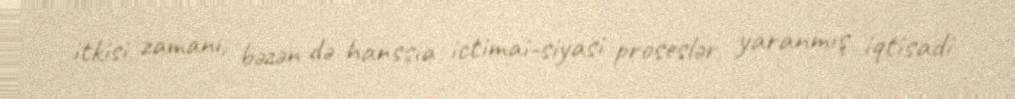
itkisi zamanı, bəzən də hanssıa ictimai-siyasi proseslər, yaranmış iqtisadi